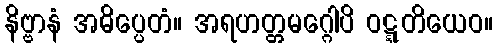
နိဗ္ဗာနံ အဓိပ္ပေတံ။ အရဟတ္တမဂ္ဂေါပိ ဝဋ္ဋတိယေဝ။